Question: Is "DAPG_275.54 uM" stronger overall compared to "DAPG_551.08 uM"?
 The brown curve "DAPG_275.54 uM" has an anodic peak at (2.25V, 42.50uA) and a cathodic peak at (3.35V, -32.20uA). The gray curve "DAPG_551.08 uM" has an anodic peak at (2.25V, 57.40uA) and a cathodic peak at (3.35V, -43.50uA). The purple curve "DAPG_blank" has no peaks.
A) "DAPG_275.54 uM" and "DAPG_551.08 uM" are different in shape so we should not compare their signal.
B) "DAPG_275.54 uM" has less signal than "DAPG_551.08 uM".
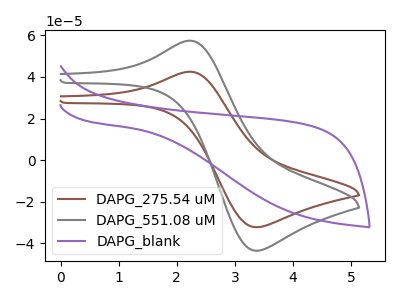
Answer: <think>All the peaks in "DAPG_275.54 uM" have a peak in "DAPG_551.08 uM" at the same potential. Every peak in "DAPG_275.54 uM" is lower than every peak in "DAPG_551.08 uM".
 </think>
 <answer>B) "DAPG_275.54 uM" has less signal than "DAPG_551.08 uM".</answer>
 <eval>B</eval>